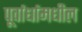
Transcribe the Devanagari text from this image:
पूर्वार्धामधील